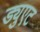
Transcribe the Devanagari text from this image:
ड्युएट